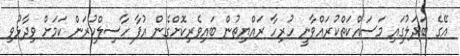
އޭގެ ބަދަލުގައި މަސައްކަތްކުރައްވާނީ ހުރިހާ ރައްޔިތުން ބައިވެރިކޮށްގެން އުފާ ހާސިލްކުރަން ކަމަށް ވިދާޅުވި